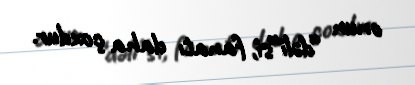
onun “dəli”si, fanatı daha çoxdur.